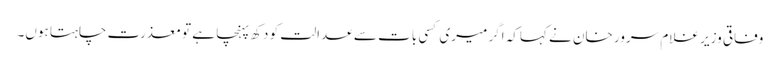
وفاقی وزیر غلام سرور خان نے کہاکہ اگر میری کسی بات سے عدالت کو دکھ پہنچا ہے تو معذرت چاہتا ہوں۔